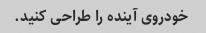
خودروی آینده را طراحی کنید.